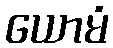
ယောမံ